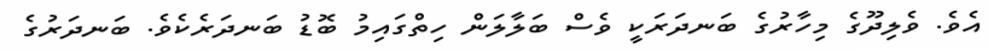
އެވެ. ވެލިދޫގެ މިހާރުގެ ބަނދަރަކީ ވެސް ބަލާލަން ހިތްގައިމު ބޮޑު ބަނދަރެކެވެ. ބަނދަރުގެ